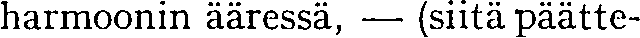
harmoonin ääressä, — (siitä päätte-